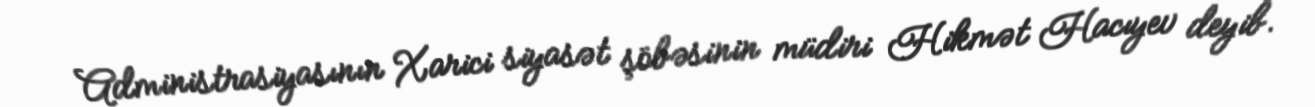
Administrasiyasının Xarici siyasət şöbəsinin müdiri Hikmət Hacıyev deyib.